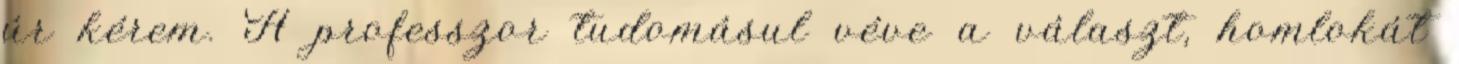
úr kérem. A professzor tudomásul véve a választ, homlokát